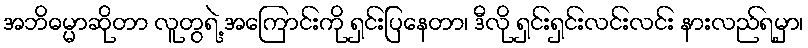
အဘိဓမ္မာဆိုတာ လူတွရဲ့ အကြောင်းကို ရှင်းပြနေတာ၊ ဒီလို ရှင်းရှင်းလင်းလင်း နားလည်ရမှာ၊